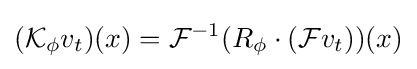
({\mathcal {K}}_{\phi }v_{t})(x)={\mathcal {F}}^{-1}(R_{\phi }\cdot ({\mathcal {F}}v_{t}))(x)